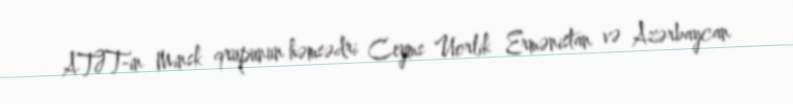
ATƏT-in Minsk qrupunun həmsədri Ceyms Uorlik Ermənistan və Azərbaycan